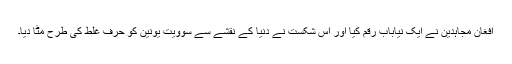
افغان مجاہدین نے ایک نیاباب رقم کیا اور اس شکست نے دنیا کے نقشے سے سوویت یونین کو حرف غلط کی طرح مٹا دیا۔